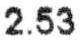
2.53